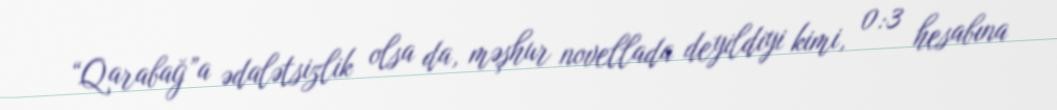
“Qarabağ”a ədalətsizlik olsa da, məşhur novellada deyildiyi kimi, 0:3 hesabına